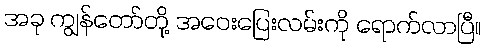
အခု ကျွန်တော်တို့ အဝေးပြေးလမ်းကို ရောက်လာပြီ။